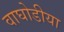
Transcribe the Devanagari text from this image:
वाघोडीया